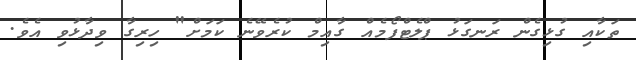
ތަކާއި ގުޅިގެން ރަނގަޅު ޕްލެޓްފޯމެއް ގާއިމް ކުރެވޭނެ ކަމަށް" ހިރިގާ ވިދާޅުވި އެވެ.